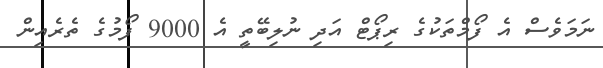
ނަމަވެސް އެ ފޯމްތަކުގެ ރިޕޯޓް އަދި ނުލިބޭތީ އެ 9000 ފޯމުގެ ތެރެއިން